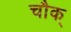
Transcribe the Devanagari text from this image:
चौक्